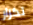
تكرار